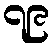
၇၉